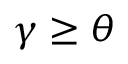
\gamma \geq \theta